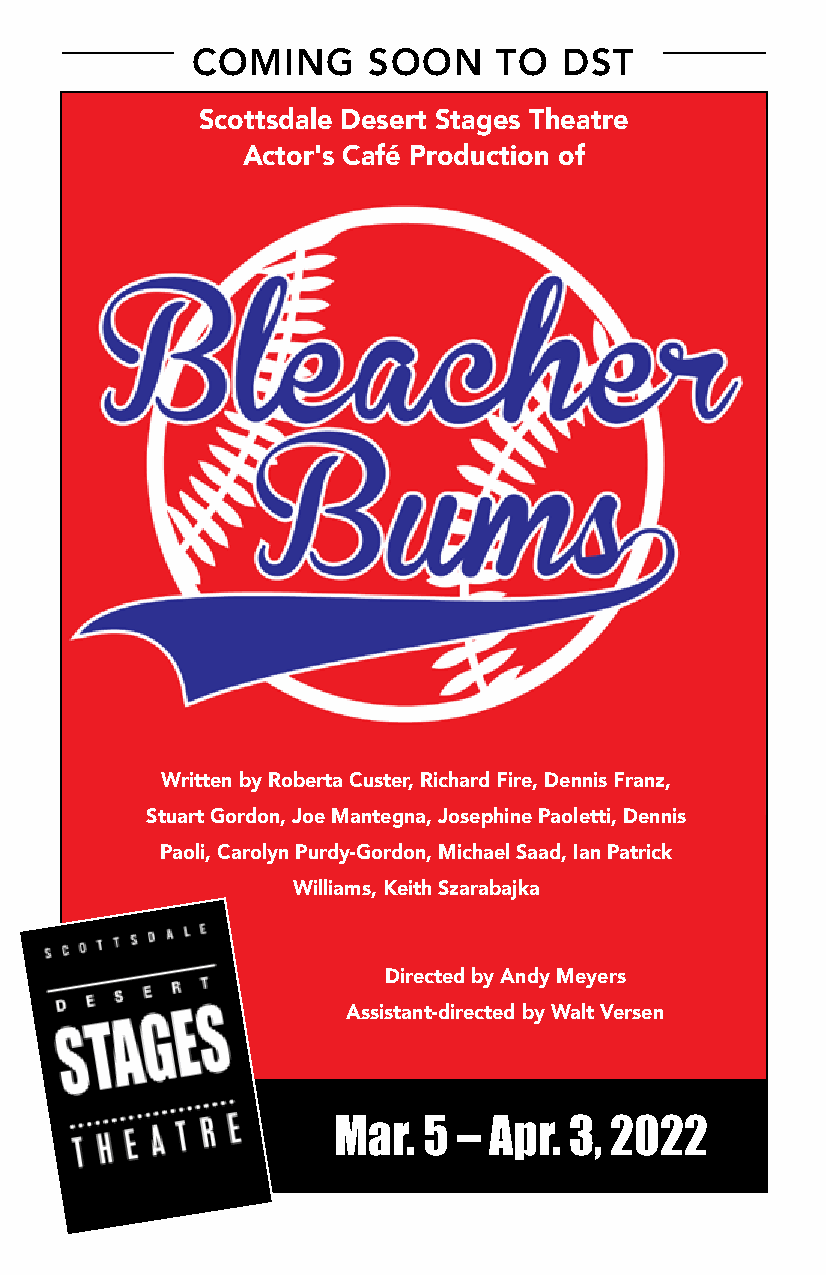
COMING     SOON     TO  DST
 Scottsdale Desert Stages Theatre
 Actor's Café Production of
 Written by Roberta Custer, Richard Fire, Dennis Franz,
 Stuart Gordon, Joe Mantegna, Josephine Paoletti, Dennis
 Paoli, Carolyn Purdy-Gordon, Michael Saad, Ian Patrick
 Williams, Keith Szarabajka
 Directed by Andy Meyers
 Assistant-directed by Walt Versen
 Mar.  5 – Apr.  3, 2022